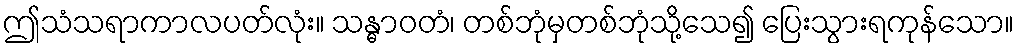
ဤသံသရာကာလပတ်လုံး။ သန္ဓာဝတံ၊ တစ်ဘုံမှတစ်ဘုံသို့သေ၍ ပြေးသွားရကုန်သော။